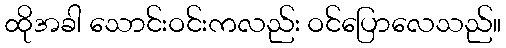
ထိုအခါ သောင်းဝင်းကလည်း ဝင်ပြောလေသည်။